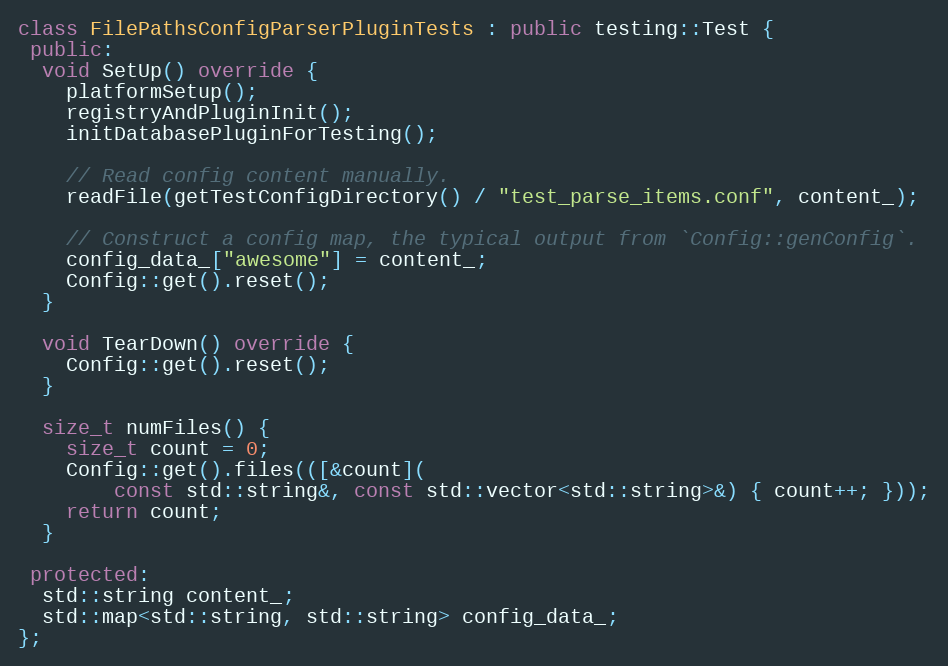
Language: C++
class FilePathsConfigParserPluginTests : public testing::Test {
 public:
  void SetUp() override {
    platformSetup();
    registryAndPluginInit();
    initDatabasePluginForTesting();

    // Read config content manually.
    readFile(getTestConfigDirectory() / "test_parse_items.conf", content_);

    // Construct a config map, the typical output from `Config::genConfig`.
    config_data_["awesome"] = content_;
    Config::get().reset();
  }

  void TearDown() override {
    Config::get().reset();
  }

  size_t numFiles() {
    size_t count = 0;
    Config::get().files(([&count](
        const std::string&, const std::vector<std::string>&) { count++; }));
    return count;
  }

 protected:
  std::string content_;
  std::map<std::string, std::string> config_data_;
};